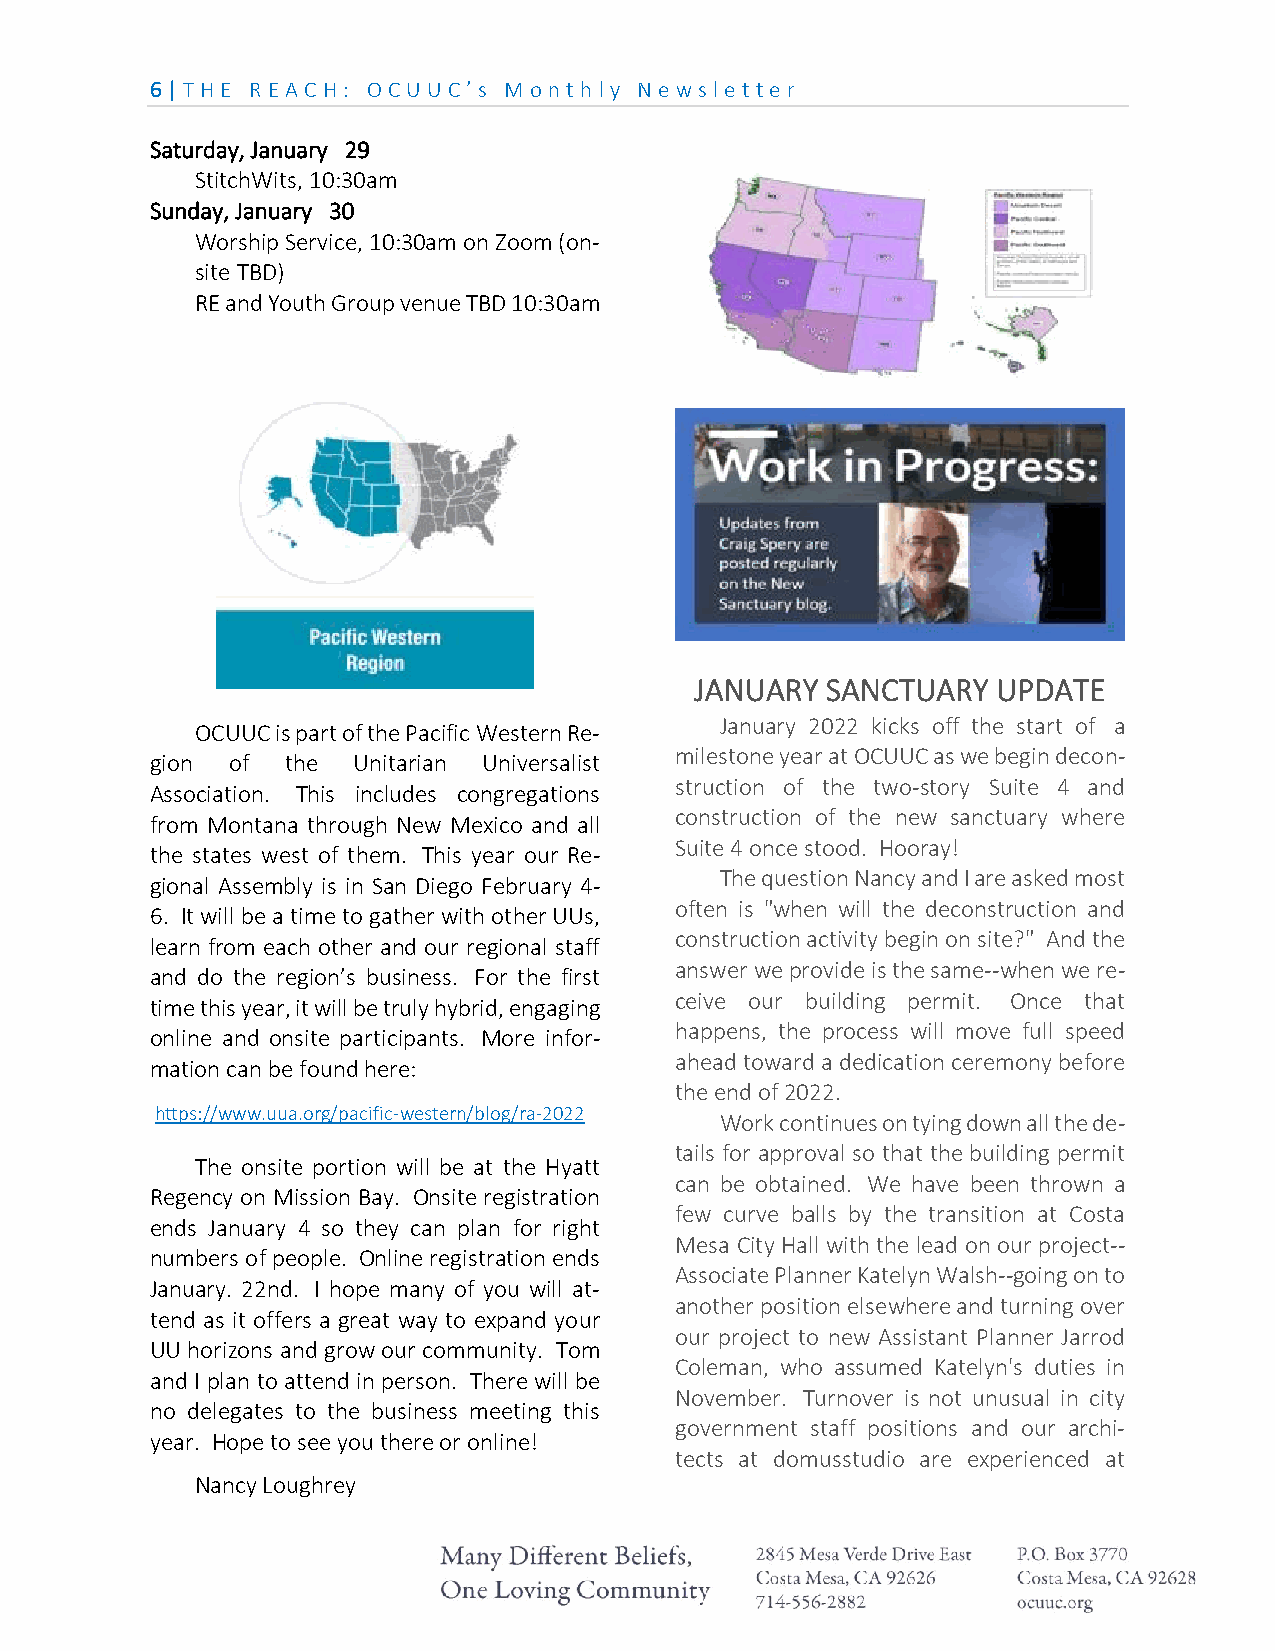
6 | THE REA CH: OCU U C’ s M on th ly N e ws le tte r
 Saturday, January 29
 StitchWits, 10:30am
 Sunday, January 30
 Worship Service, 10:30am on Zoom (on-
 site TBD)
 RE and Youth Group venue TBD 10:30am
 JANUARY  SANCTUARY  UPDATE
 January 2022 kicks off the start of a
 OCUUC is part of the Pacific Western Re-
 milestone year at OCUUC as we begin decon-
 gion of  the Unitarian Universalist
 struction of the two-story Suite 4 and
 Association. This includes congregations
 construction of the new sanctuary where
 from Montana through New Mexico and all
 Suite 4 once stood. Hooray!
 the states west of them. This year our Re-
 The question Nancy and I are asked most
 gional Assembly is in San Diego February 4-
 often is "when will the deconstruction and
 6. It will be a time to gather with other UUs,
 construction activity begin on site?" And the
 learn from each other and our regional staff
 answer we provide is the same--when we re-
 and do the region’s business. For the first
 ceive our building permit. Once that
 time this year, it will be truly hybrid, engaging
 happens, the process will move full speed
 online and onsite participants. More infor-
 ahead toward a dedication ceremony before
 mation can be found here:
 the end of 2022.
 https://www.uua.org/pacific-western/blog/ra-2022
 Work continues on tying down all the de-
 tails for approval so that the building permit
 The onsite portion will be at the Hyatt
 can be obtained. We have been thrown a
 Regency on Mission Bay. Onsite registration
 few curve balls by the transition at Costa
 ends January 4 so they can plan for right
 Mesa City Hall with the lead on our project--
 numbers of people. Online registration ends
 Associate Planner Katelyn Walsh--going on to
 January. 22nd. I hope many of you will at-
 another position elsewhere and turning over
 tend as it offers a great way to expand your
 our project to new Assistant Planner Jarrod
 UU horizons and grow our community. Tom
 Coleman, who assumed Katelyn's duties in
 and I plan to attend in person. There will be
 November. Turnover is not unusual in city
 no delegates to the business meeting this
 government staff positions and our archi-
 year. Hope to see you there or online!
 tects at domusstudio are experienced at
 Nancy Loughrey